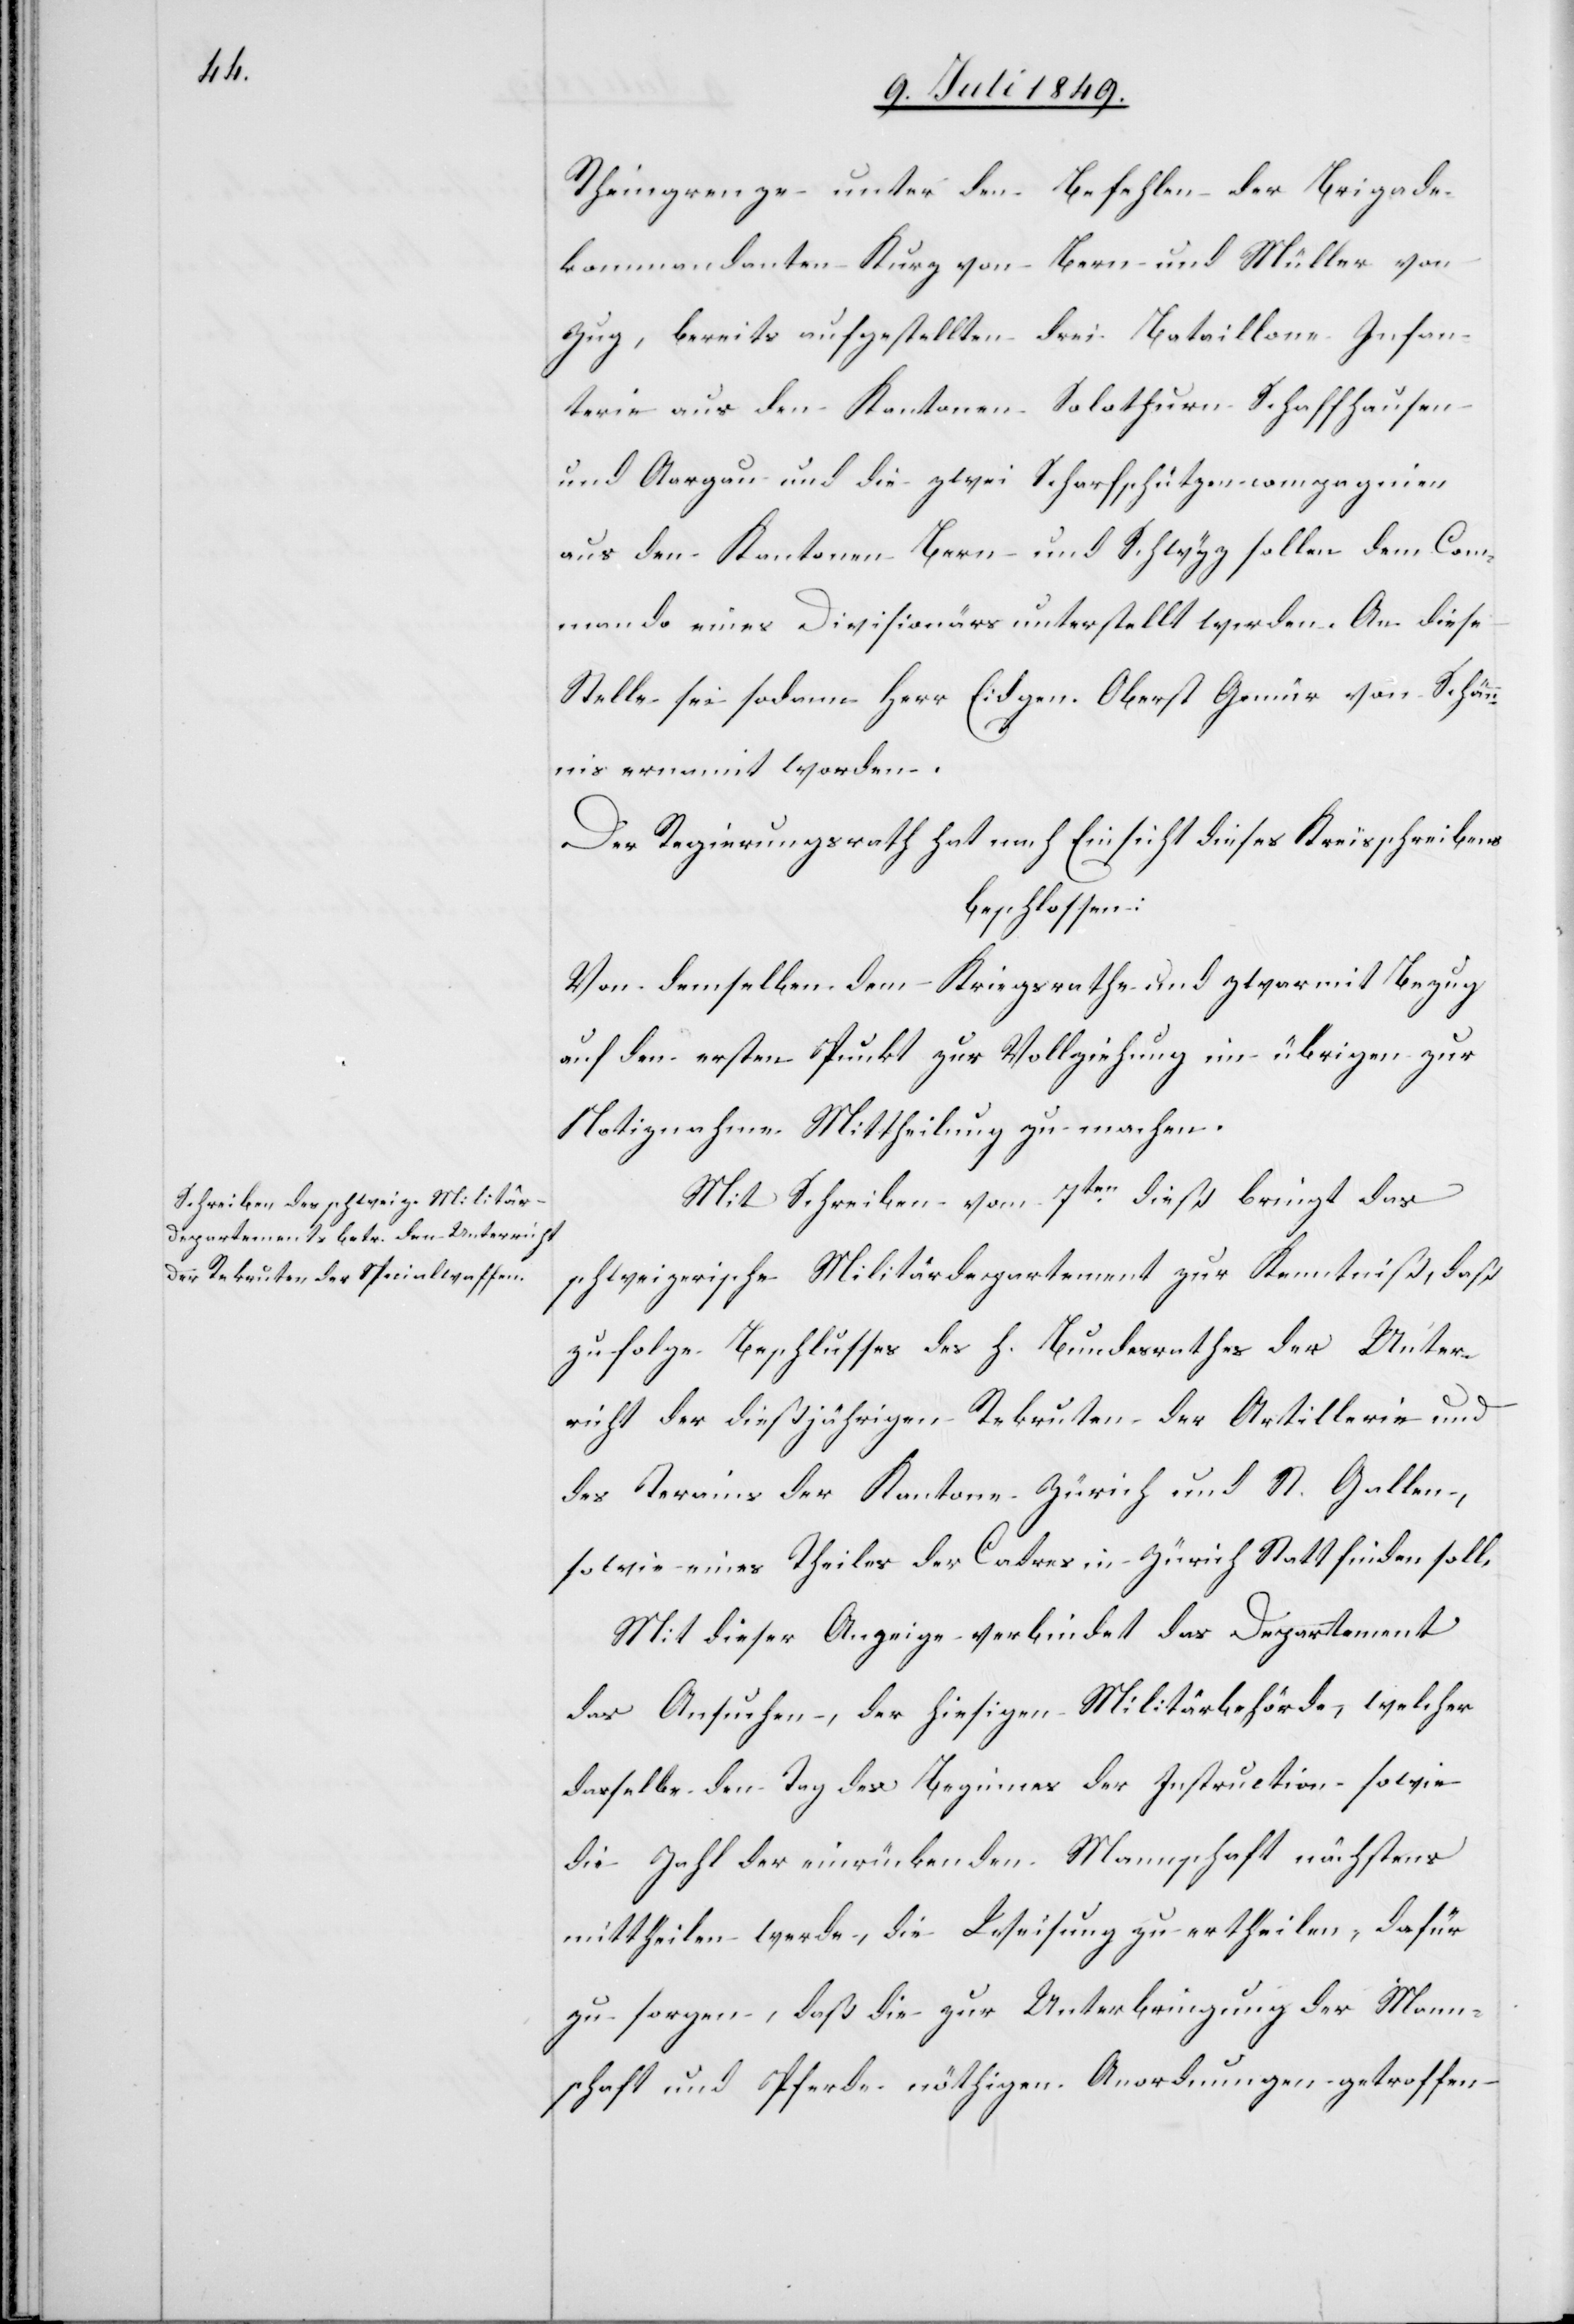
Rheingrenze unter den Befehlen der Brigade¬
kommandanten Kurz von Bern und Müller von
Zug, bereits aufgestellten drei Bataillone Infan¬
terie aus den Kantonen Solothurn Schaffhausen
und Aargau und die zwei Scharfschützencompagnien
aus den Kantonen Bern und Schwyz sollen dem Com¬
mando eines Divisionärs unterstellt werden. An diese
Stelle sei sodann Herr Eidgen. Oberst Gmür von Schä¬
unis ernannt worden.
Der Regierungsrath hat nach Einsicht dieses Kreisschreibens
beschlossen:
Von demselben dem Kriegsrathe und zwar mit Bezug
auf den ersten Punkt zur Vollziehung im übrigen zur
Notiznahme Mittheilung zu machen.
Mit Schreiben vom 7ten dieß bringt das
schweizerische Militärdepartement zur Kenntniß, daß
zufolge Beschlusses des h. Bundesrathes der Unter¬
richt der dießjährigen Rekruten der Artillerie und
des Terains der Kantone Zürich und St. Gallen,
sowie eines Theiles der Cadres in Zürich statt finden soll,
Mit dieser Anzeige verbindet das Departement
das Ansuchen, der hiesigen Militärbehörde, welcher
dasselbe den Tag des Beginnes der Instruction sowie
die Zahl der einrückenden Mannschaft nächstens
mittheilen werde, die Weisung zu ertheilen, dafür
zu sorgen, daß die zur Unterbringung der Mann¬
schaft und Pferde nöthigen Anordnungen getroffen